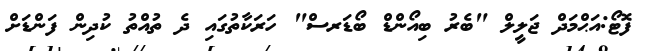
ފޮޓޯ:އަޙްމަދް ޖަލީލް "ބެރު ބިއޯންޑް ބޯޑަރސް" ހަރަކާތުގައި ދެ ތުއްތު ކުދިން ފަންޑަށް